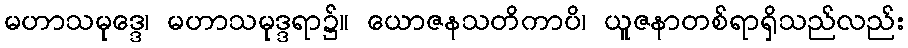
မဟာသမုဒ္ဒေ၊ မဟာသမုဒ္ဒရာ၌။ ယောဇနသတိကာပိ၊ ယူဇနာတစ်ရာရှိသည်လည်း